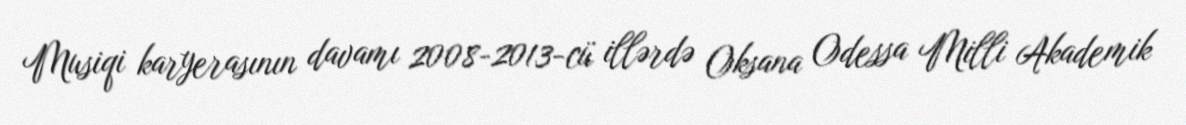
Musiqi karyerasının davamı 2008-2013-cü illərdə Oksana Odessa Milli Akademik